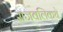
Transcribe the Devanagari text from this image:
राजवलिकथे